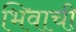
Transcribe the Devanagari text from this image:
भिवाची